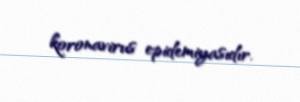
koronavirus epidemiyasıdır.